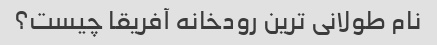
نام طولانی ترین رودخانه آفریقا چیست؟